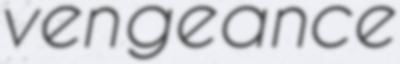
vengeance